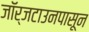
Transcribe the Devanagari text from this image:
जॉर्जटाउनपासून